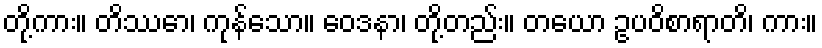
တို့ကား။ တိဿော၊ ကုန်သော။ ဝေဒနာ၊ တို့တည်း။ တယော ဥပဝိစာရာတိ၊ ကား။